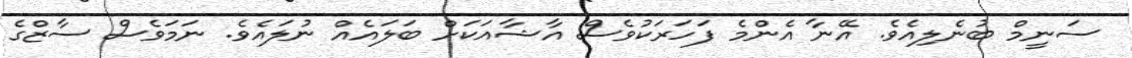
ސަނީމް ބުނެލިއެވެ. އޭނާ އެންމެ ފަހަރަކުވެސް އާޝާއަކަށް ބަލައެއް ނުލައެވެ. ނަމަވެސް ސާޒްގެ